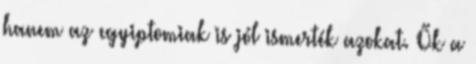
hanem az egyiptomiak is jól ismerték azokat. Ők a